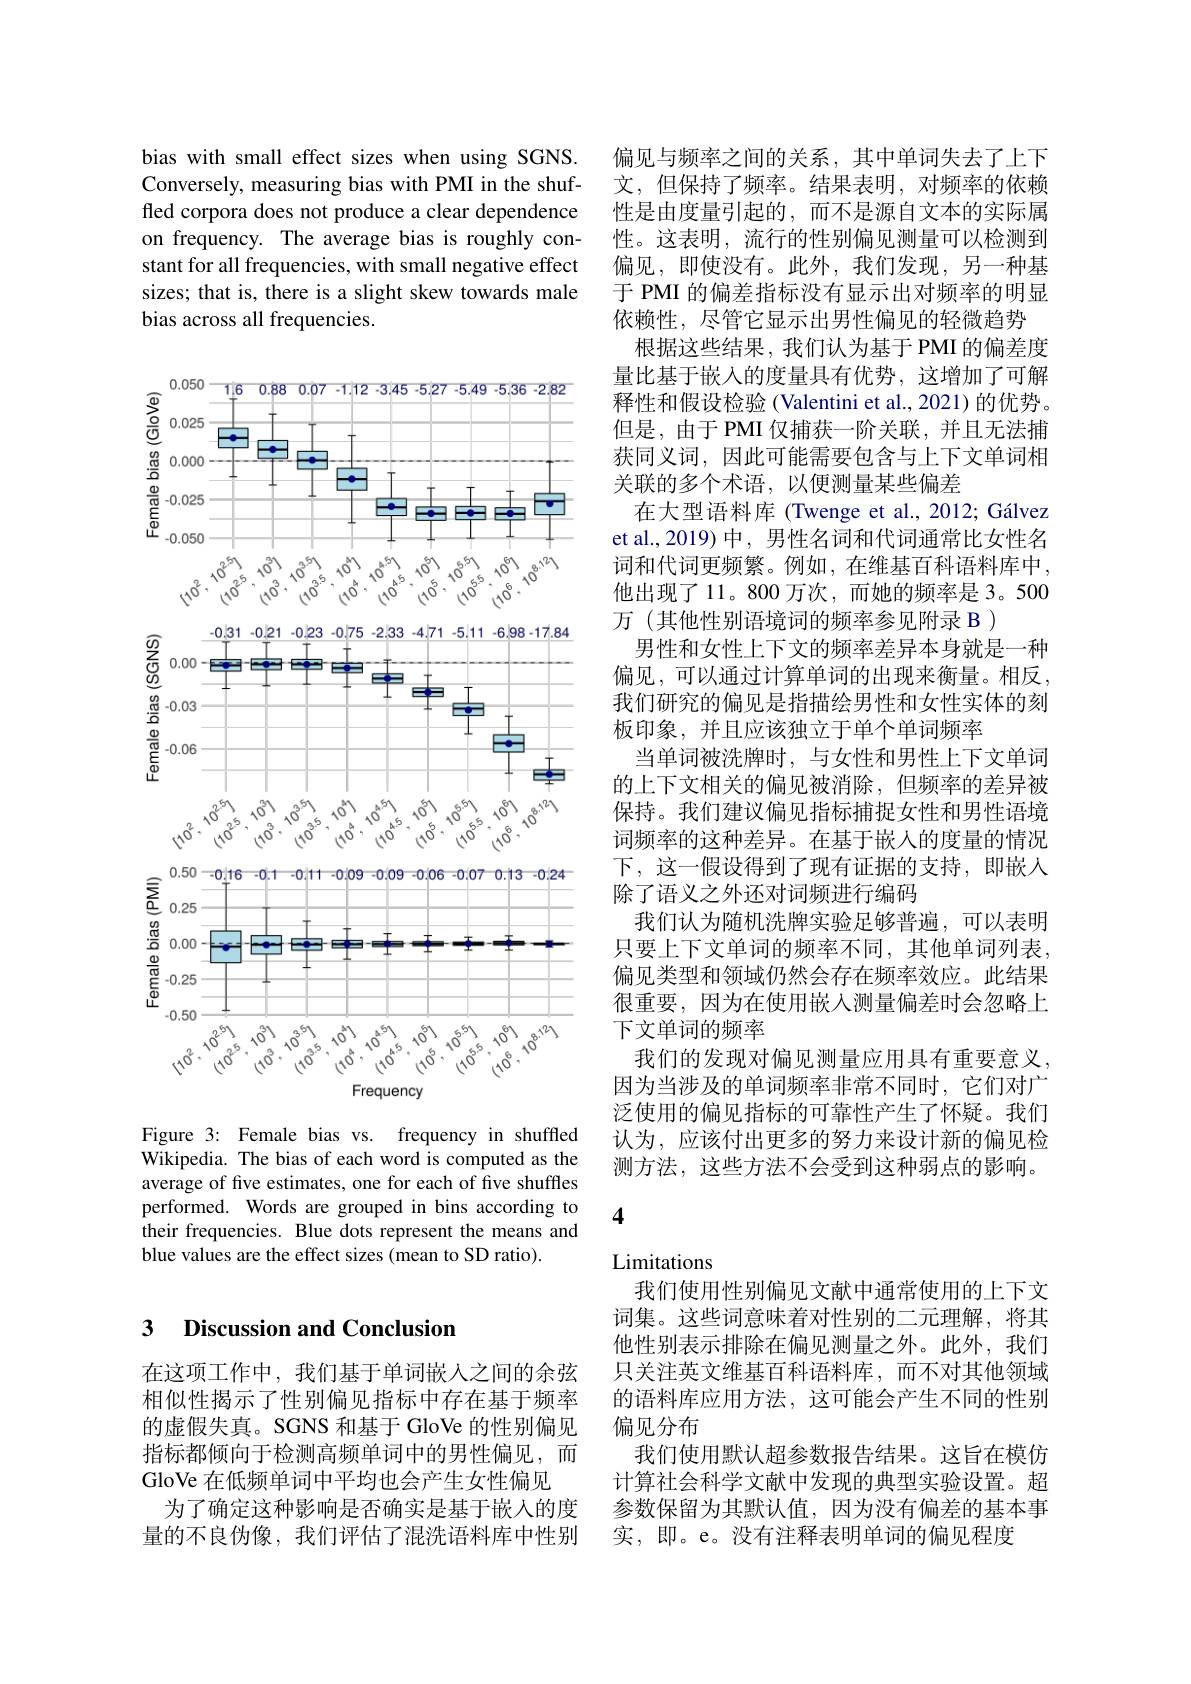
bias with small effect sizes when using SGNS. Conversely, measuring bias with PMI in the shuffled corpora does not produce a clear dependence on frequency. The average bias is roughly constant for all frequencies, with small negative effect sizes; that is, there is a slight skew towards male bias across all frequencies.

<FigureHere>

Figure 3: Female bias vs. frequency in shuffled

Wikipedia. The bias of each word is computed as the average of five estimates, one for each of five shuffles performed. Words are grouped in bins according to their frequencies. Blue dots represent the means and blue values are the effect sizes (mean to SD ratio).

### 3 Discussion and Conclusion

在这项工作中，我们基于单词嵌人之间的余弦相似性揭示了性别偏见指标中存在基于频率的虚假失真。SGNS 和基于 GloVe 的性别偏见指标都倾向于检测高频单词中的男性偏见，而GloVe 在低频单词中平均也会产生女性偏见
为了确定这种影响是否确实是基于嵌人的度量的不良伪像，我们评估了混洗语料库中性别

偏见与频率之间的关系，其中单词失去了上下文，但保持了频率。结果表明，对频率的依赖性是由度量引起的，而不是源自文本的实际属性。这表明，流行的性别偏见测量可以检测到偏见，即使没有。此外，我们发现，另一种基于 PMI 的偏差指标没有显示出对频率的明显依赖性，尽管它显示出男性偏见的轻微趋势
根据这些结果，我们认为基于 PMI 的偏差度量比基于嵌入的度量具有优势，这增加了可解释性和假设检验 (Valentini et al., 2021) 的优势。但是，由于 PMI 仅捕获一阶关联，并且无法捕获同义词，因此可能需要包含与上下文单词相关联的多个术语，以便测量某些偏差
在大型语料库 (Twenge et al., 2012; Gálvez et al.,2019) 中，男性名词和代词通常比女性名词和代词更频繁。例如，在维基百科语料库中， 他出现了 11。800 万次，而她的频率是 3。500万(其他性别语境词的频率参见附录 B )
男性和女性上下文的频率差异本身就是一种偏见，可以通过计算单词的出现来衡量。相反， 我们研究的偏见是指描绘男性和女性实体的刻板印象，并且应该独立于单个单词频率
当单词被洗牌时，与女性和男性上下文单词的上下文相关的偏见被消除，但频率的差异被保持。我们建议偏见指标捕捉女性和男性语境词频率的这种差异。在基于嵌入的度量的情况下，这一假设得到了现有证据的支持，即嵌人除了语义之外还对词频进行编码
我们认为随机洗牌实验足够普遍，可以表明只要上下文单词的频率不同，其他单词列表， 偏见类型和领域仍然会存在频率效应。此结果很重要，因为在使用嵌入测量偏差时会忽略上下文单词的频率
我们的发现对偏见测量应用具有重要意义， 因为当涉及的单词频率非常不同时，它们对广泛使用的偏见指标的可靠性产生了怀疑。我们认为，应该付出更多的努力来设计新的偏见检测方法，这些方法不会受到这种弱点的影响。

4

Limitations

我们使用性别偏见文献中通常使用的上下文词集。这些词意味着对性别的二元理解，将其他性别表示排除在偏见测量之外。此外，我们只关注英文维基百科语料库，而不对其他领域的语料库应用方法，这可能会产生不同的性别偏见分布
我们使用默认超参数报告结果。这旨在模仿计算社会科学文献中发现的典型实验设置。超参数保留为其默认值，因为没有偏差的基本事实，即。e。没有注释表明单词的偏见程度